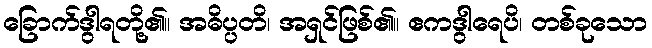
ခြောက်ဒွါရတို့၏။ အဓိပ္ပတိ၊ အရှင်ဖြစ်၏။ ဧကဒွါရေပိ၊ တစ်ခုသော